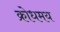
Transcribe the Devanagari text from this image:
क्रोधमय